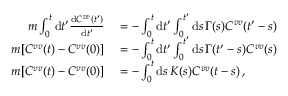
\begin{array} { r l } { m \int _ { 0 } ^ { t } \mathrm { d } t ^ { \prime } \frac { \mathrm { d } C ^ { v v } ( t ^ { \prime } ) } { \mathrm { d } t ^ { \prime } } } & { { } = - \int _ { 0 } ^ { t } \mathrm { d } t ^ { \prime } \int _ { 0 } ^ { t ^ { \prime } } \mathrm { d } s \, \Gamma ( s ) C ^ { v v } ( t ^ { \prime } - s ) } \\ { m [ C ^ { v v } ( t ) - C ^ { v v } ( 0 ) ] } & { { } = - \int _ { 0 } ^ { t } \mathrm { d } t ^ { \prime } \int _ { 0 } ^ { t ^ { \prime } } \mathrm { d } s \, \Gamma ( t ^ { \prime } - s ) C ^ { v v } ( s ) } \\ { m [ C ^ { v v } ( t ) - C ^ { v v } ( 0 ) ] } & { { } = - \int _ { 0 } ^ { t } \mathrm { d } s \, K ( s ) C ^ { v v } ( t - s ) \, , } \end{array}